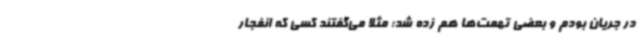
در جریان بودم و بعضی تهمت‌ها هم زده شد؛ مثلا می‌گفتند کسی که انفجار